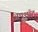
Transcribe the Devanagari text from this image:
अपशॉट